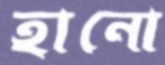
হানো